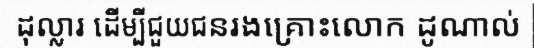
ដុល្លារ ដើម្បីជួយជនរងគ្រោះលោក ដូណាល់